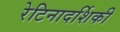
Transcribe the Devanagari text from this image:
रेटिनादर्शिकी